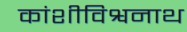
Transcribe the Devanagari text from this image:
कांशीविश्वनाथ